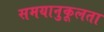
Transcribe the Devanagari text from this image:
समयानुकूलता